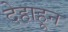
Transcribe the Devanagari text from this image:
देहाहून